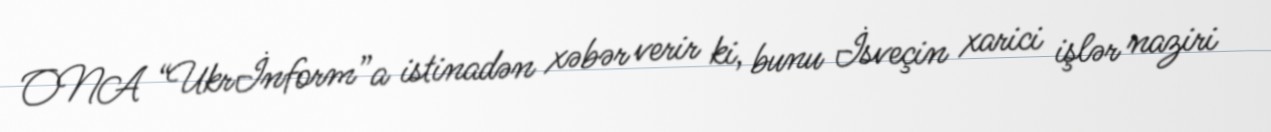
ONA “Ukrİnform”a istinadən xəbər verir ki, bunu İsveçin xarici işlər naziri